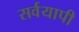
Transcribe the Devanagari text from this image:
सर्वयापी